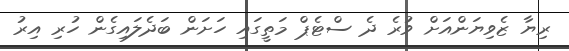
ރިޔާ ޒެވިޔަންއަށް ވުރެ ދެ ސްޓެޕް މަތީގައި ހަށަން ބަދެލައިގެން ހުރި އިރު